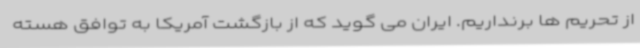
از تحریم ها برنداریم. ایران می گوید که از بازگشت آمریکا به توافق هسته